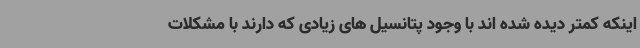
اینکه کمتر دیده شده اند با وجود پتانسیل های زیادی که دارند با مشکلات